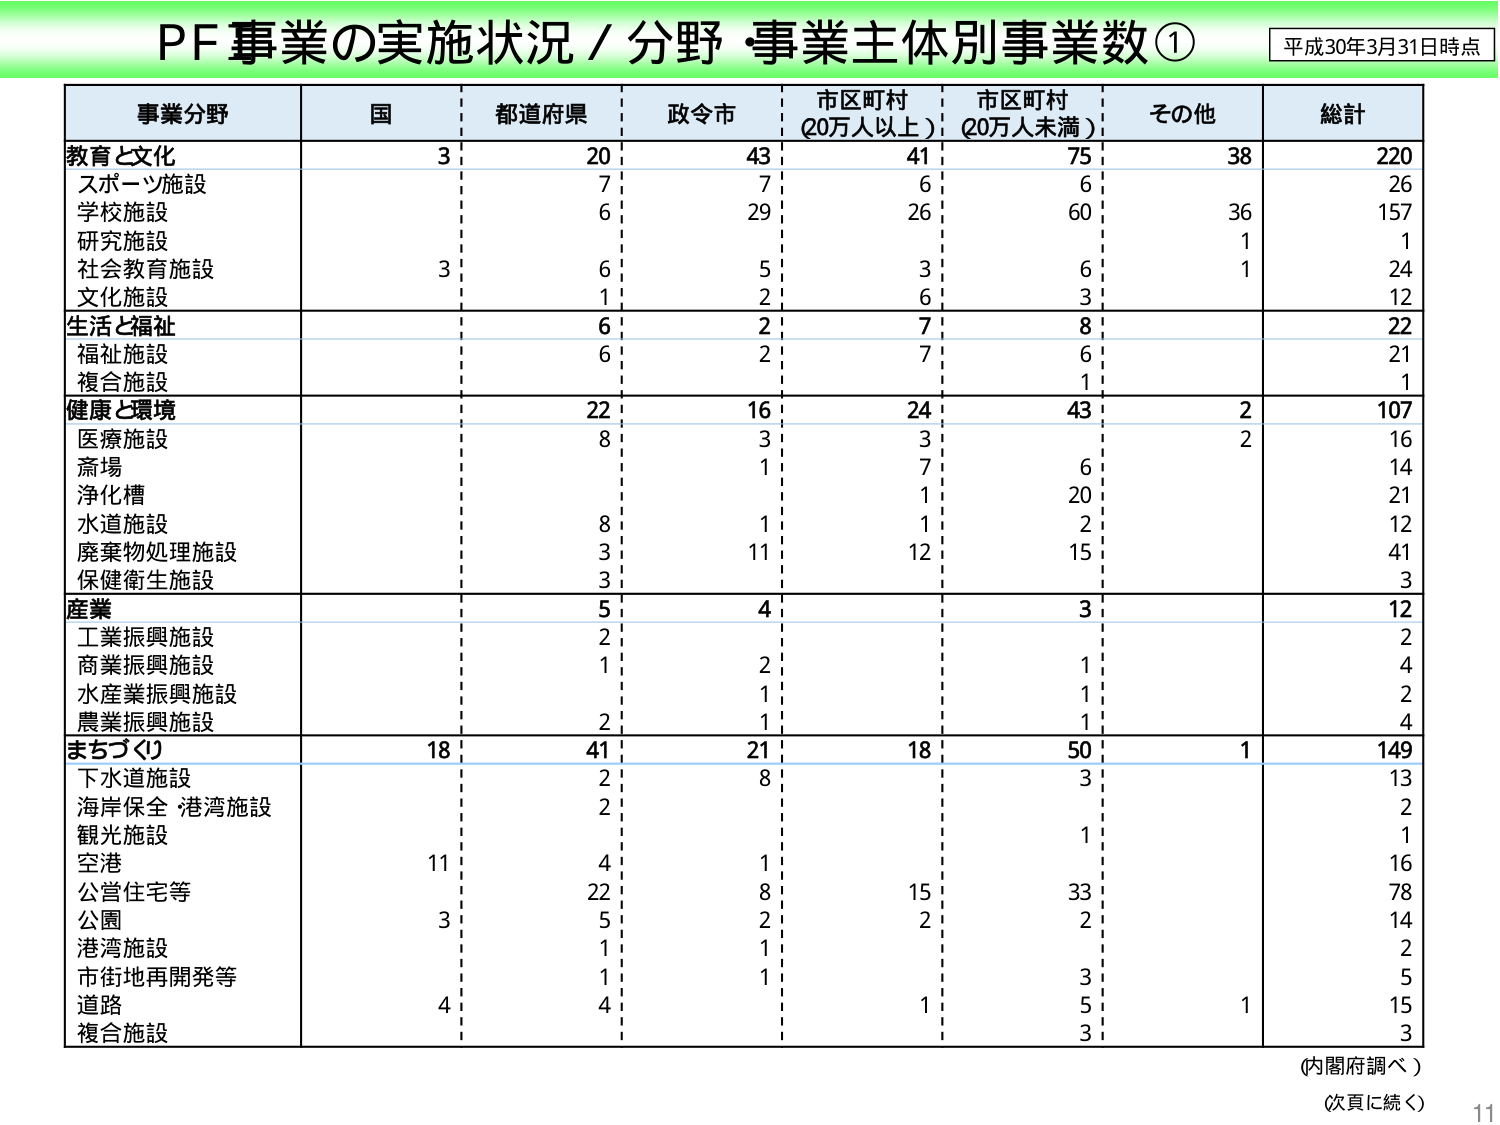
PF事業の実施状況／分野・事業主体別事業数①
平成30年3月31日時点

事業分野　国　都道府県　政令市　市区町村（20万人以上）　市区町村（20万人未満）　その他　総計

教育と文化
　スポーツ施設　3　20　43　41　75　38　220
　学校施設　　7　7　6　6　　26
　研究施設　　6　29　26　60　36　157
　社会教育施設　3　6　5　3　6　1　24
　文化施設　　1　2　6　3　　12

生活と福祉
　福祉施設　　6　2　7　8　　22
　複合施設　　6　2　7　6　　21
　　1

健康と環境
　医療施設　　22　16　24　43　2　107
　斎場　　8　3　3　　2　16
　浄化槽　　1　7　6　　14
　水道施設　　1　1　20　　21
　廃棄物処理施設　8　1　1　2　　12
　保健衛生施設　3　11　12　15　　41
　　3

産業
　工業振興施設　5　4　　3　　12
　商業振興施設　2　　1　　2
　水産業振興施設　1　2　1　　4
　農業振興施設　2　1　1　　4

まちづくり
　下水道施設　18　41　21　18　50　1　149
　海岸保全 港湾施設　2　8　3　　13
　観光施設　　2　　2
　空港　　11　4　1　　1　16
　公営住宅等　22　8　15　33　　78
　公園　　3　5　2　2　　14
　港湾施設　　1　1　　2
　市街地再開発等　1　1　3　　5
　道路　　4　4　1　5　1　15
　複合施設　　3　　3

（内閣府調べ）
（次頁に続く）
11